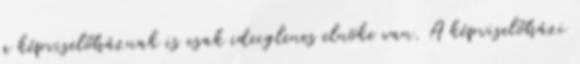
a képviselőháznak is csak ideiglenes elnöke van. A képviselőházi